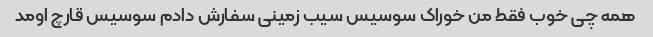
همه چی خوب فقط من خوراک سوسیس سیب زمینی سفارش دادم سوسیس قارچ اومد